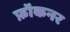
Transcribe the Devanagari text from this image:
फ़ॉकनर